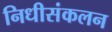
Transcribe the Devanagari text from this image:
निधीसंकलन